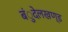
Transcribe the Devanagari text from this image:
बंुदेलखण्ड